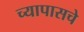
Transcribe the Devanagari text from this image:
च्यापासचे